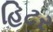
હિટર